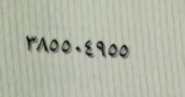
٣٨٥٥٠٤٩٥٥